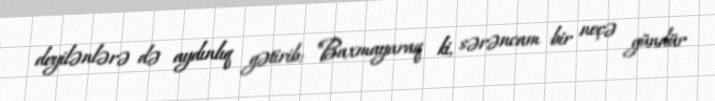
deyilənlərə də aydınlıq gətirib: "Baxmayaraq ki, sərəncam bir neçə gündür